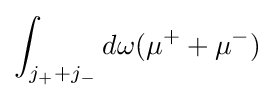
\int _{j_{+}+j_{-}}d\omega {(\mu ^{+}+\mu ^{-})}